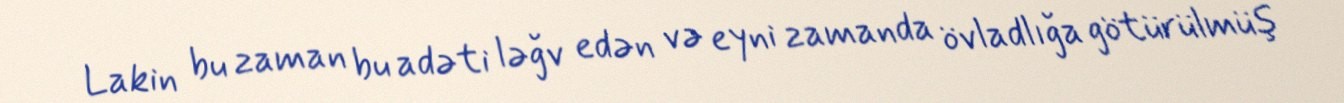
Lakin bu zaman bu adəti ləğv edən və eyni zamanda övladlığa götürülmüş